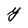
Character: y